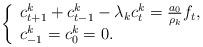
LaTeX: \begin{align*} \left\{\begin{array}lc^k_{t+1}+c^k_{t-1}-\lambda_k c^k_{t}=\frac{a_0}{\rho_k}f_t,\\c^k_{-1}=c^k_0=0.\end{array}\right.\end{align*}